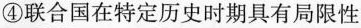
④联合国在特定历史时期具有局限性